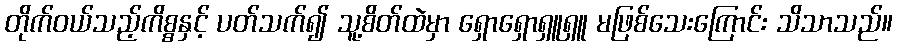
တိုက်ဝယ်သည့်ကိစ္စနှင့် ပတ်သက်၍ သူ့စိတ်ထဲမှာ ရှောရှောရှူရှူ မဖြစ်သေးကြောင်း သိသာသည်။